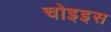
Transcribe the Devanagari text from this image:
चोइइस